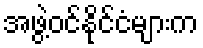
အဖွဲ့ဝင်နိုင်ငံများက